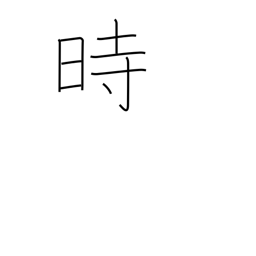
Meaning: hour